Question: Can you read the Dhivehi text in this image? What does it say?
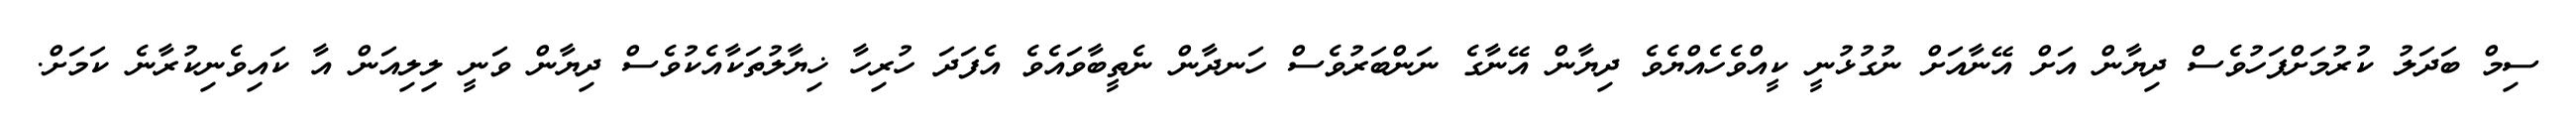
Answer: ސިމް ބަދަލު ކުރުމަށްފަހުވެސް ދިޔާން އަށް އޭނާއަށް ނުގުޅުނީ ކީއްވެހެއްޔެވެ ދިޔާން އޭނާގެ ނަންބަރުވެސް ހަނދާން ނެތީބާވައެވެ އެފަދަ ހުރިހާ ޚިޔާލުތަކާއެކުވެސް ދިޔާން ވަނީ ލިލިއަން އާ ކައިވެނިކުރާނެ ކަމަށް.